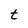
Character: t